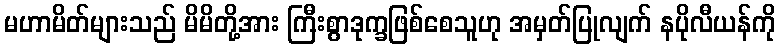
မဟာမိတ်များသည် မိမိတို့အား ကြီးစွာဒုက္ခဖြစ်စေသူဟု အမှတ်ပြုလျက် နပိုလီယန်ကို